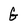
Character: G